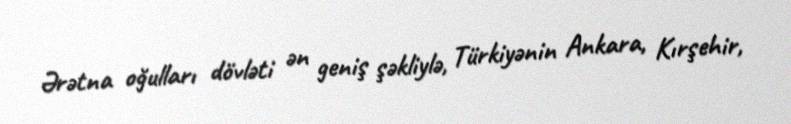
Ərətna oğulları dövləti ən geniş şəkliylə, Türkiyənin Ankara, Kırşehir,